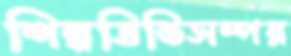
শিল্পভিত্তিসম্পন্ন